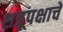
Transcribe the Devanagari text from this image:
शत्रूपक्षाचे